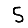
Digit: 5